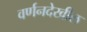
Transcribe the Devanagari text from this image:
वर्णनदेखील